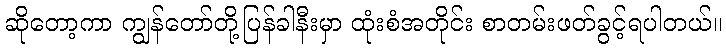
ဆိုတော့ကာ ကျွန်တော်တို့ပြန်ခါနီးမှာ ထုံးစံအတိုင်း စာတမ်းဖတ်ခွင့်ရပါတယ်။